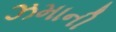
ઝમાની